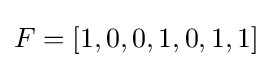
F=[1,0,0,1,0,1,1]